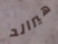
هيرالد